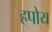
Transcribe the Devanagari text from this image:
हपोय